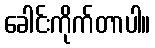
ခေါင်းကိုက်တာပါ။